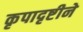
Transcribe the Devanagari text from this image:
कृपादृष्टीने